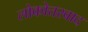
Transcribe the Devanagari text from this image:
लोकोत्तरवाद